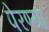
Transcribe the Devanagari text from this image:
पेरण्या